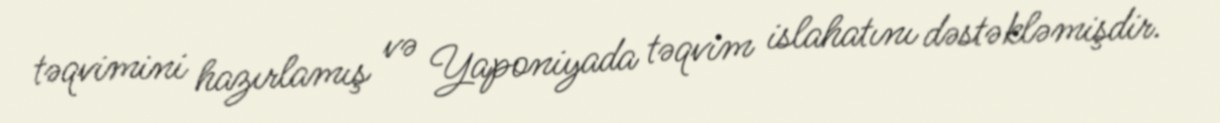
təqvimini hazırlamış və Yaponiyada təqvim islahatını dəstəkləmişdir.